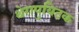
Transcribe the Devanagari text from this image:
थेरापुयिटक